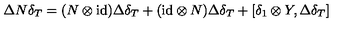
\Delta N \delta _ { T } = ( N \otimes \mathrm { i d } ) \Delta \delta _ { T } + ( \mathrm { i d } \otimes N ) \Delta \delta _ { T } + [ \delta _ { 1 } \otimes Y , \Delta \delta _ { T } ]